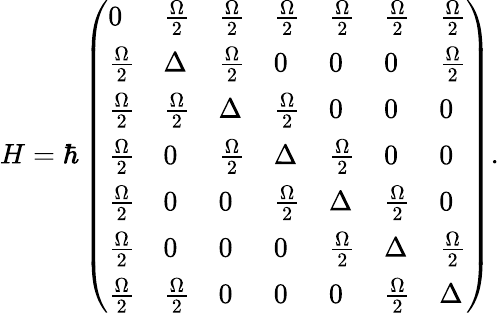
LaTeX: H=\hbar\left(\begin{array}{lllllll}{0}&{\frac{\Omega}{2}}&{\frac{\Omega}{2}}&{\frac{\Omega}{2}}&{\frac{\Omega}{2}}&{\frac{\Omega}{2}}&{\frac{\Omega}{2}}\\ {\frac{\Omega}{2}}&{\Delta}&{\frac{\Omega}{2}}&{0}&{0}&{0}&{\frac{\Omega}{2}}\\ {\frac{\Omega}{2}}&{\frac{\Omega}{2}}&{\Delta}&{\frac{\Omega}{2}}&{0}&{0}&{0}\\ {\frac{\Omega}{2}}&{0}&{\frac{\Omega}{2}}&{\Delta}&{\frac{\Omega}{2}}&{0}&{0}\\ {\frac{\Omega}{2}}&{0}&{0}&{\frac{\Omega}{2}}&{\Delta}&{\frac{\Omega}{2}}&{0}\\ {\frac{\Omega}{2}}&{0}&{0}&{0}&{\frac{\Omega}{2}}&{\Delta}&{\frac{\Omega}{2}}\\ {\frac{\Omega}{2}}&{\frac{\Omega}{2}}&{0}&{0}&{0}&{\frac{\Omega}{2}}&{\Delta}\end{array}\right).